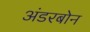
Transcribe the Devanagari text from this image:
अंडरबोन